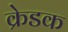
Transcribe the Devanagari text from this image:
क्रेडक